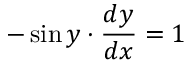
- \sin y \cdot { \frac { d y } { d x } } = 1